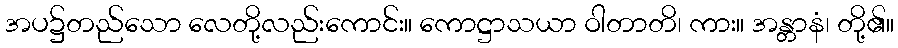
အပ၌တည်သော လေတို့လည်းကောင်း။ ကောဋ္ဌာသယာ ဝါတာတိ၊ ကား။ အန္တာနံ၊ တို့၏။